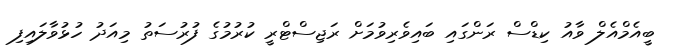
ބީއެމްއެލް ވާއު ކިޑްސް ރަންގައި ބައިވެރިވުމަށް ރަޖިސްޓްރީ ކުރުމުގެ ފުރުސަތު މިއަދު ހުޅުވާލައިފި